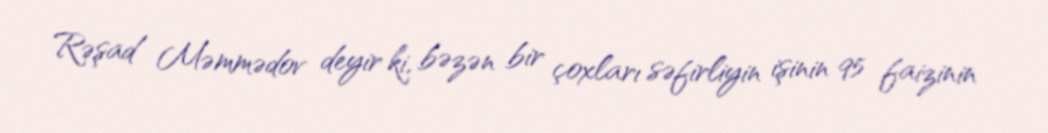
Rəşad Məmmədov deyir ki, bəzən bir çoxları səfirliyin işinin 95 faizinin